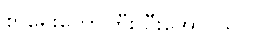
စာရေးတော်ကြီး ဦးအောင်သာ